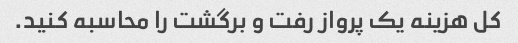
کل هزینه یک پرواز رفت و برگشت را محاسبه کنید.